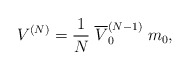
\begin{align*}V^{(N)} = \frac{1}{N} \; \overline{V}_0^{(N-1)} \; m_0 ,\end{align*}